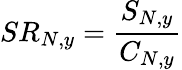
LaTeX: SR_{N,y}=\frac{S_{N,y}}{C_{N,y}}